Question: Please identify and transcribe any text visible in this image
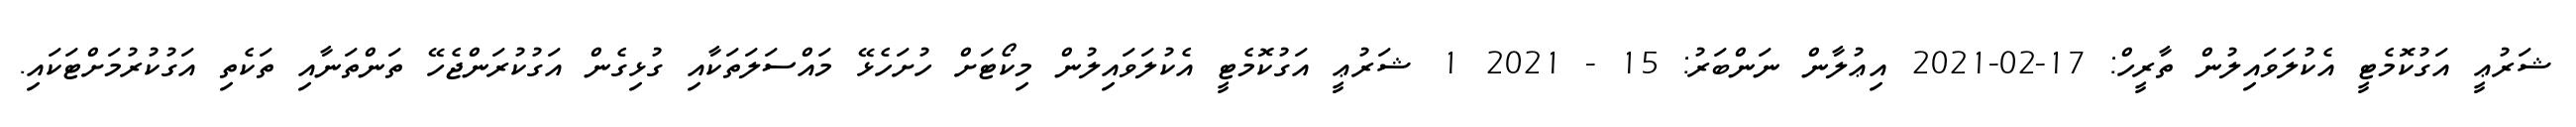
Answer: ޝަރުޢީ އަގުކޮމެޓީ އެކުލަވައިލުން ތާރީހް: 17-02-2021 އިޢުލާން ނަންބަރު: 15 - 2021 1 ޝަރުޢީ އަގުކޮމެޓީ އެކުލަވައިލުން މިކޯޓަށް ހުށަހެޅޭ މައްސަލަތަކާއި ގުޅިގެން އަގުކުރަންޖެހޭ ތަންތަނާއި ތަކެތި އަގުކުރުމަށްޓަކައި.